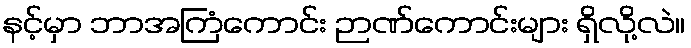
နင့်မှာ ဘာအကြံကောင်း ဉာဏ်ကောင်းများ ရှိလို့လဲ။